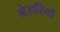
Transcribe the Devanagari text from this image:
नेरारियाँ